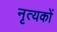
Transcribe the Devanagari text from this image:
नृत्यकों